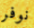
نوفر